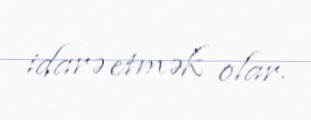
idarə etmək olar.